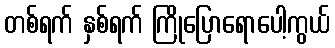
တစ်ရက် နှစ်ရက် ကြိုပြောရောပေါ့ကွယ်